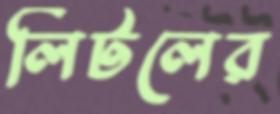
লিটলের